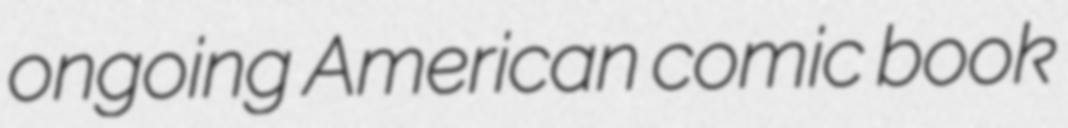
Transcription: ongoing American comic book